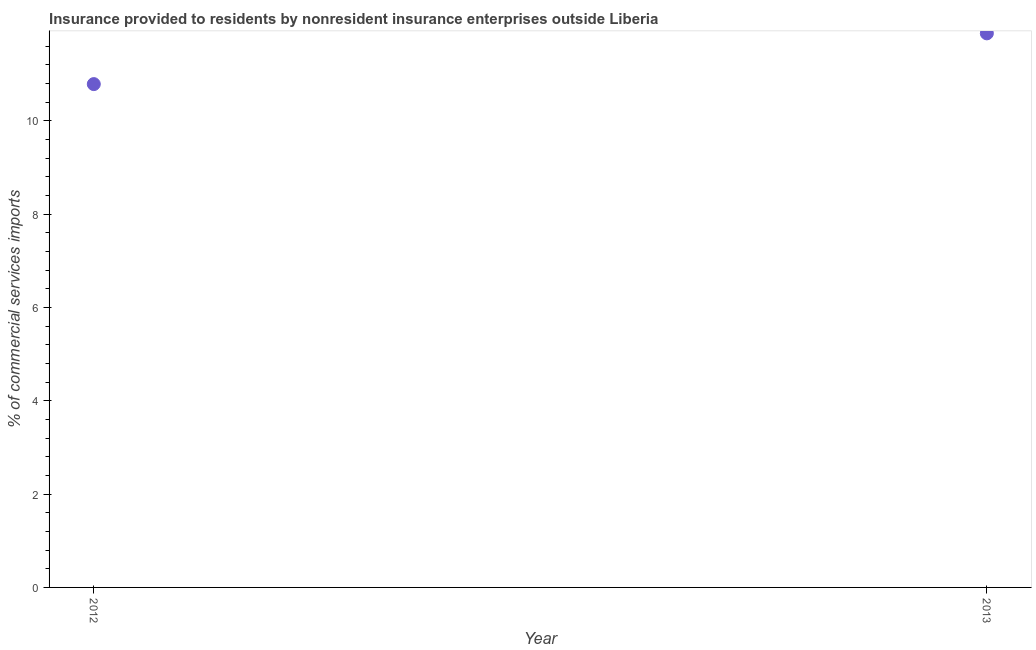
| Year | Insurance provided by non-residents |
 | --- | --- |
 | 2012 | 10.8 |
 | 2013 | 11.9 |